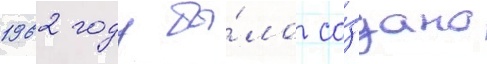
1962 году бы́ло со́здано